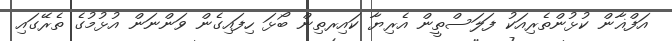
އަފްޣާން ކުޅުންތެރިއަކު ފަލަސްތީން އެރިޔާ ކައިރތިން ބޯޅަ ހިފައިގެން ވަންނަން އުޅުމުގެ ތެރޭގައި